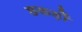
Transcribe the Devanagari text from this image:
छ्कड़ों